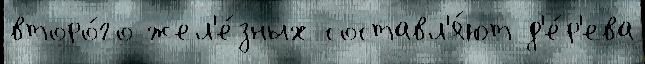
второ́го жел'е́зных составл'я́ют д'е́р'ева